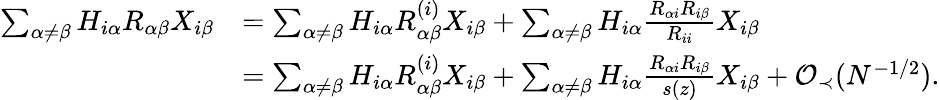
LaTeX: \begin{array}{rl}{\sum_{\alpha\neq\beta}H_{i\alpha}R_{\alpha\beta}X_{i\beta}}&{=\sum_{\alpha\neq\beta}H_{i\alpha}R_{\alpha\beta}^{(i)}X_{i\beta}+\sum_{\alpha\neq\beta}H_{i\alpha}\frac{R_{\alpha i}R_{i\beta}}{R_{ii}}X_{i\beta}}\\ &{=\sum_{\alpha\neq\beta}H_{i\alpha}R_{\alpha\beta}^{(i)}X_{i\beta}+\sum_{\alpha\neq\beta}H_{i\alpha}\frac{R_{\alpha i}R_{i\beta}}{s(z)}X_{i\beta}+{\mathcal O}_{\prec}(N^{-1/2}).}\end{array}